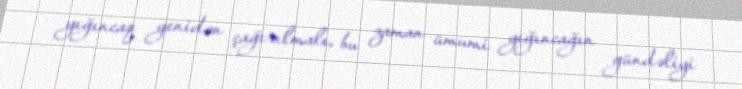
yığıncaq yenidən çağırılmalı, bu zaman ümumi yığıncağın gündəliyi